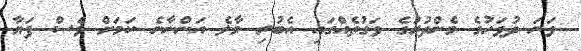
ވަނަ ދުވަހުގެ މެންދުރުގެ ވަގުތެއްގައި އެބުރި މާލެ އަންނާނެ ކަމަށް ވެސް ފަޔާ